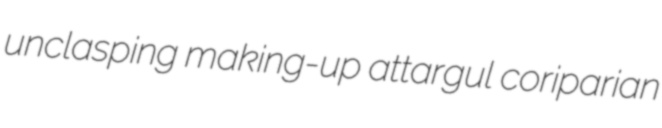
unclasping making-up attargul coriparian